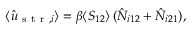
\begin{array} { r } { \langle \hat { u } _ { \mathrm { ~ s ~ t ~ r ~ } , i } \rangle = \beta \langle S _ { 1 2 } \rangle \, ( \hat { N } _ { i 1 2 } + \hat { N } _ { i 2 1 } ) , } \end{array}